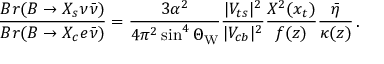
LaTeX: \frac { B r ( B \to X _ { s } \nu \bar { \nu } ) } { B r ( B \to X _ { c } e \bar { \nu } ) } = \frac { 3 \alpha ^ { 2 } } { 4 \pi ^ { 2 } \sin ^ { 4 } \Theta _ { \mathrm { W } } } \frac { | V _ { t s } | ^ { 2 } } { | V _ { c b } | ^ { 2 } } \frac { X ^ { 2 } ( x _ { t } ) } { f ( z ) } \frac { \bar { \eta } } { \kappa ( z ) } \, .